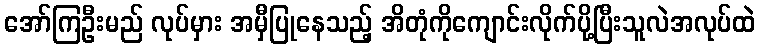
အော်ကြဦးမည် လုပ်မှား အမှီပြုနေသည့် အိတုံကိုကျောင်းလိုက်ပို့ပြီးသူလဲအလုပ်ထဲ